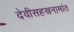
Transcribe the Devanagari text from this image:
देवीसहस्रनामांत